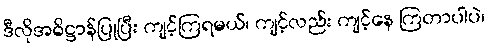
ဒီလိုအဓိဋ္ဌာန်ပြုပြီး ကျင့်ကြရမယ်၊ ကျင့်လည်း ကျင့်နေ ကြတာပါပဲ၊